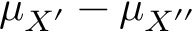
\mu _ { X ^ { \prime } } - \mu _ { X ^ { \prime \prime } }